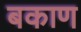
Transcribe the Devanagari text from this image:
बकाण